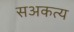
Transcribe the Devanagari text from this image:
सअकत्य